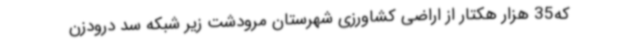
که35 هزار هکتار از اراضی کشاورزی شهرستان مرودشت زیر شبکه سد درودزن